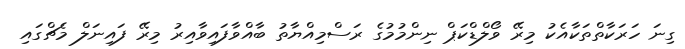
ގިނަ ހަރަކާތްތަކާއެކު މިރޭ ވޯލްޑްކަޕް ނިންމުމުގެ ރަސްމިއްޔާތު ބާއްވާފައިވާއިރު މިރޭ ފައިނަލް މެޗްގައި